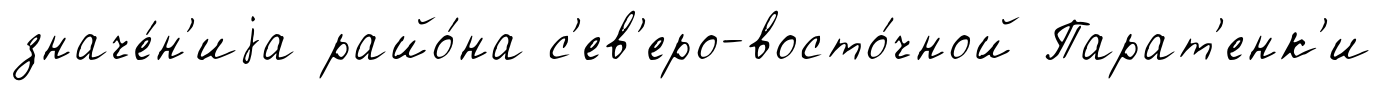
значе́н'иjа райо́на с'ев'еро-восто́чной Парат'енк'и